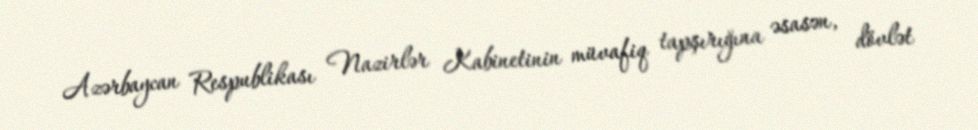
Azərbaycan Respublikası Nazirlər Kabinetinin müvafiq tapşırığına əsasən, dövlət